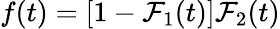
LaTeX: f(t)=[1-\mathcal{F}_{1}(t)]\mathcal{F}_{2}(t)